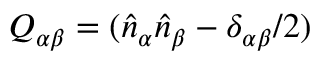
Q _ { \alpha \beta } = ( \hat { n } _ { \alpha } \hat { n } _ { \beta } - \delta _ { \alpha \beta } / 2 )